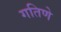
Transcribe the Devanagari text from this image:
गतिणे